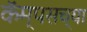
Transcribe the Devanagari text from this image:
कॅम्पसच्या